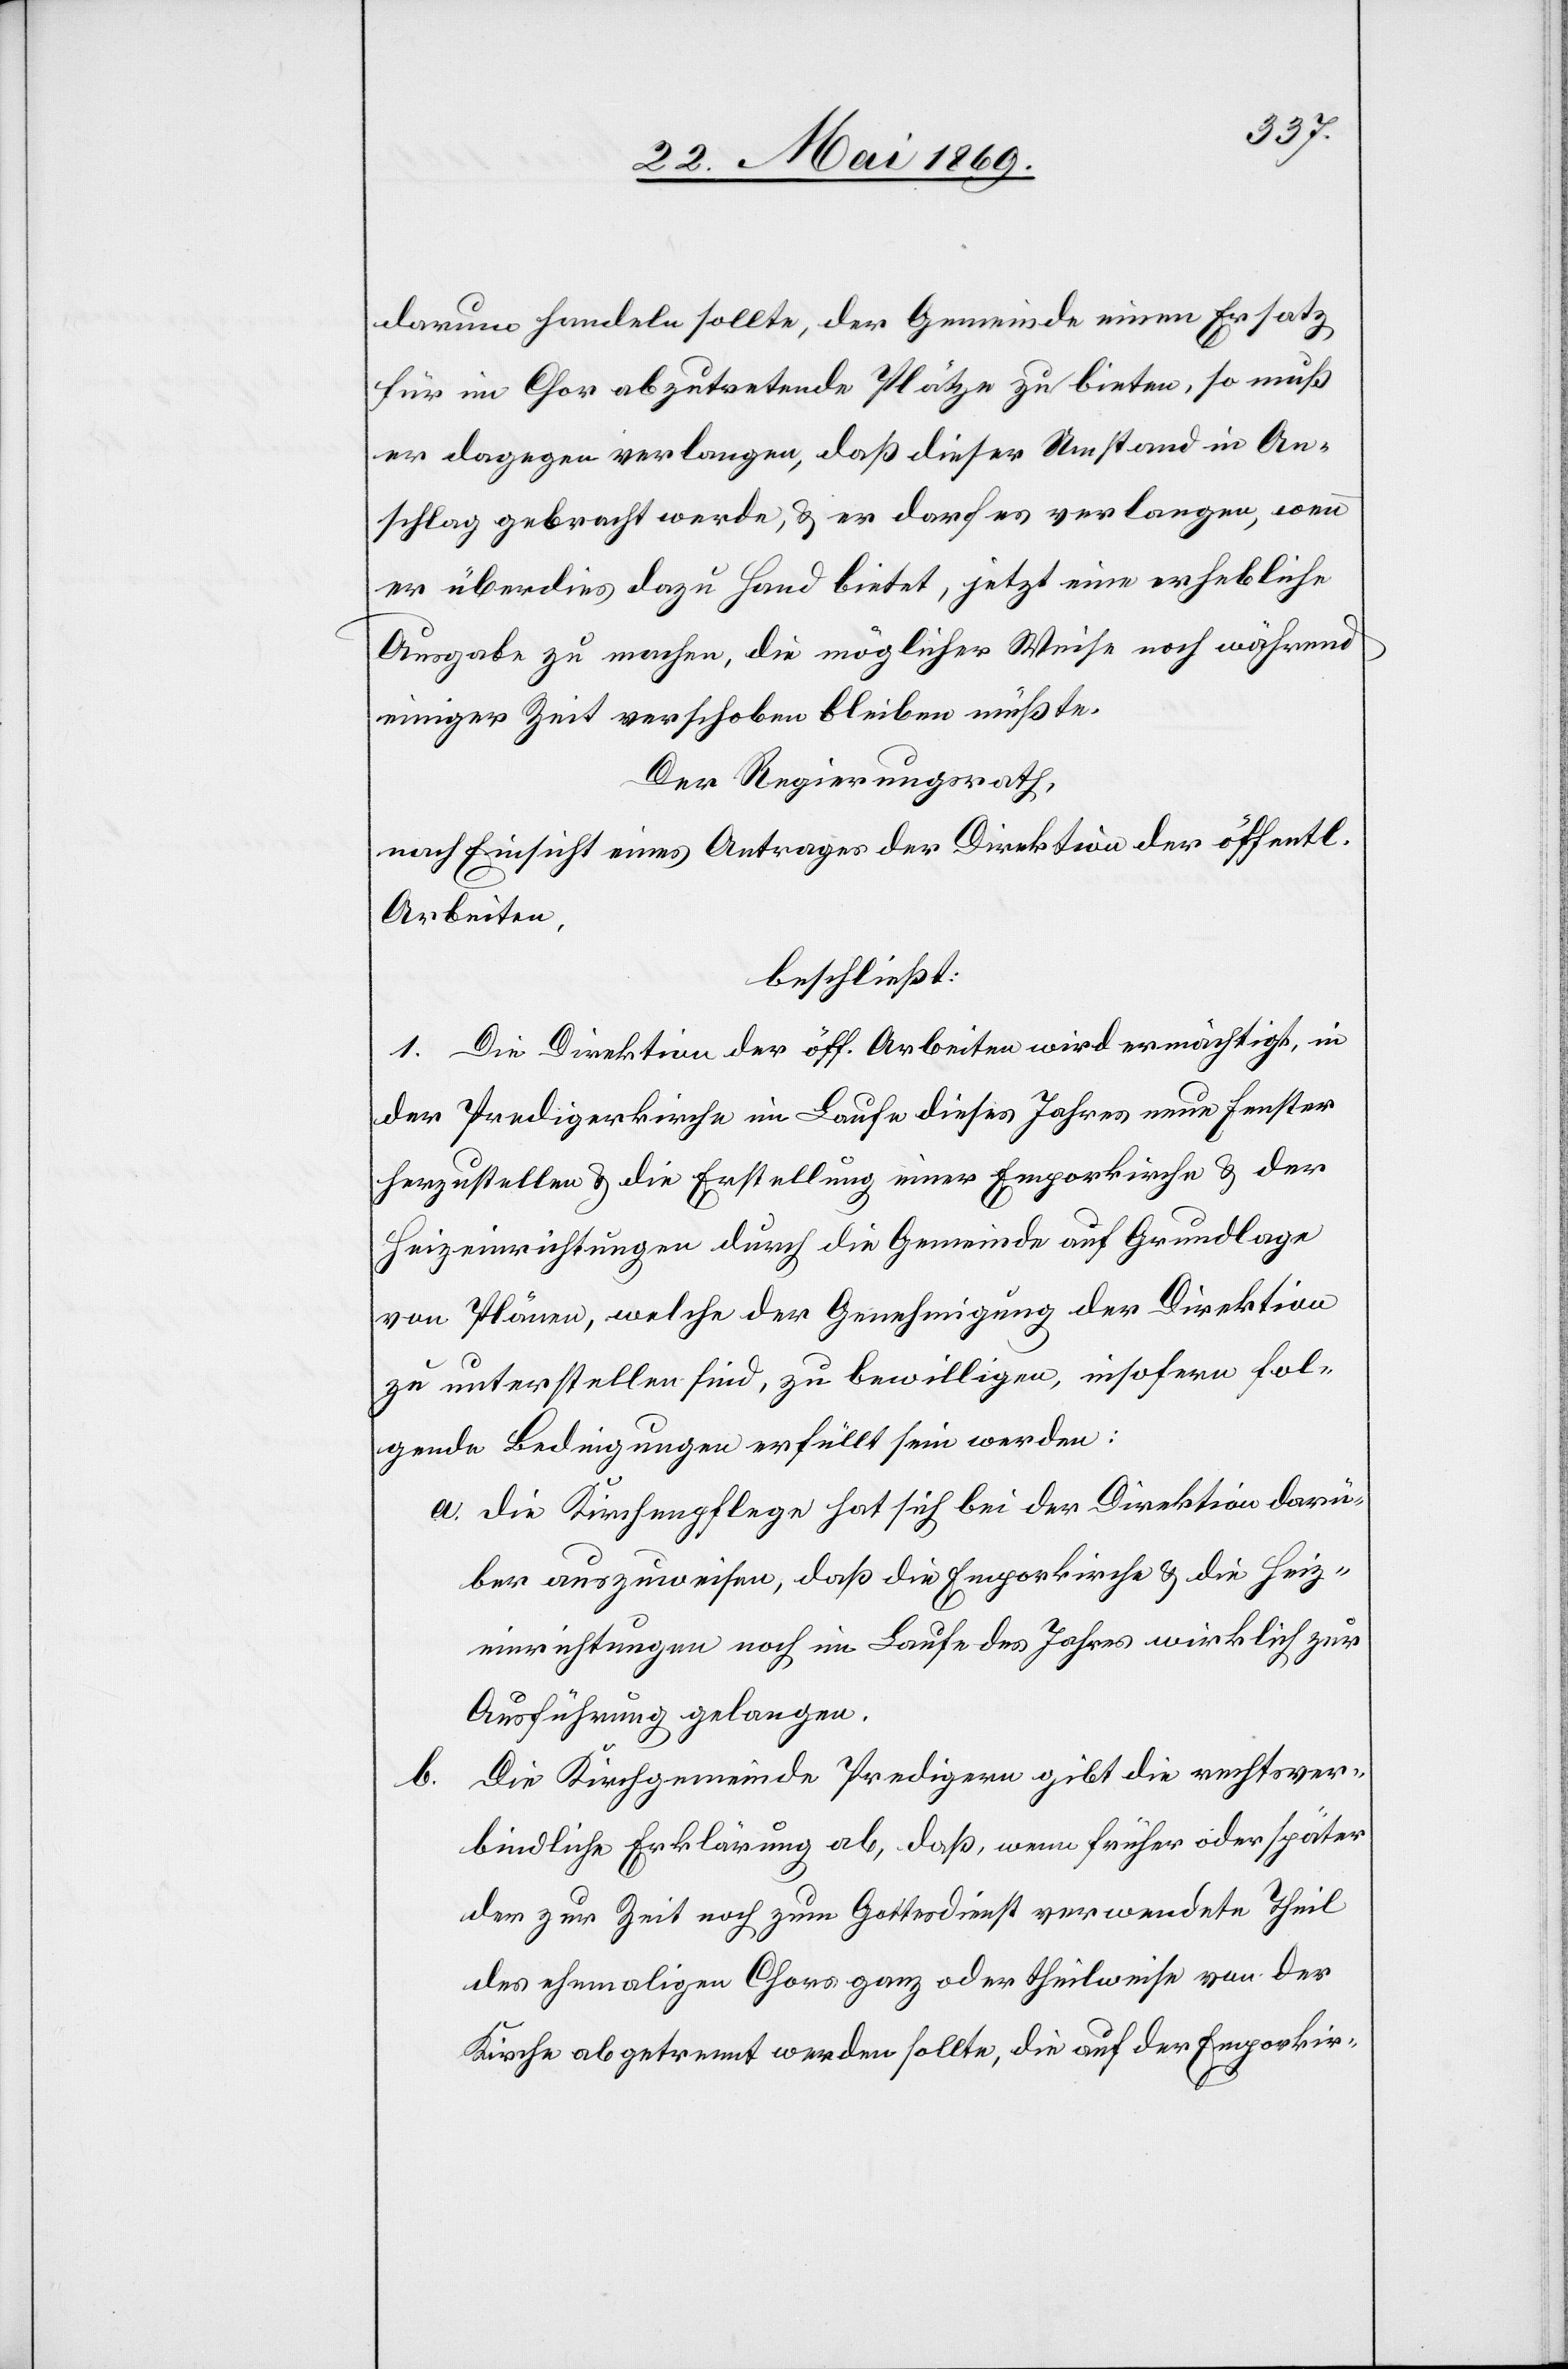
darum handeln sollte, der Gemeinde einen Ersatz
für in Chor abzutretende Plätze zu bieten, so muß
er dagegen verlangen, da dieser Umstand in An¬
schlag gebracht werde, u. er darf es verlangen, wenn
er überdies dazu Hand bietet, jetzt eine erhebliche
Ausgabe zu machen, die möglicher Weise noch während
einiger Zeit verschoben bleiben müßte.
Der Regierungsrath,
nach Einsicht eines Antrages der Direktion der öff.
Arbeiten,
beschließt:
1. Die Direktion der öff. Arbeiten wird ermächtigt, in
der Predigerkirche im Laufe dieses Jahres neue Fenster
herzustellen u. die Erstellung einer Emporkirche u. der
Heizeinrichtungen durch die Gemeinde auf Grundlage
von Plänen, welche der Genehmigung der Direktion
zu unterstellen sind, zu bewilligen, insofern fol¬
gende Bedingungen erfüllt sein werden:
a. Die Kirchenpflege hat sich bei der Direktion darü¬
ber auszuweisen, daß die Emporkirche u. die Heiz¬
einrichtungen noch im Laufe des Jahres wirklich zur
Ausführung gelangen.
Die Kirchgemeinde Predigern gibt die rechtsver¬
b.
bindliche Erklärung ab, daß, wenn früher oder später
der zur Zeit noch zum Gottesdienst verwendete Theil
des ehemaligen Chors ganz oder theilweise von der
Kirche abgetrennt werden sollte, die auf der Emporkir-